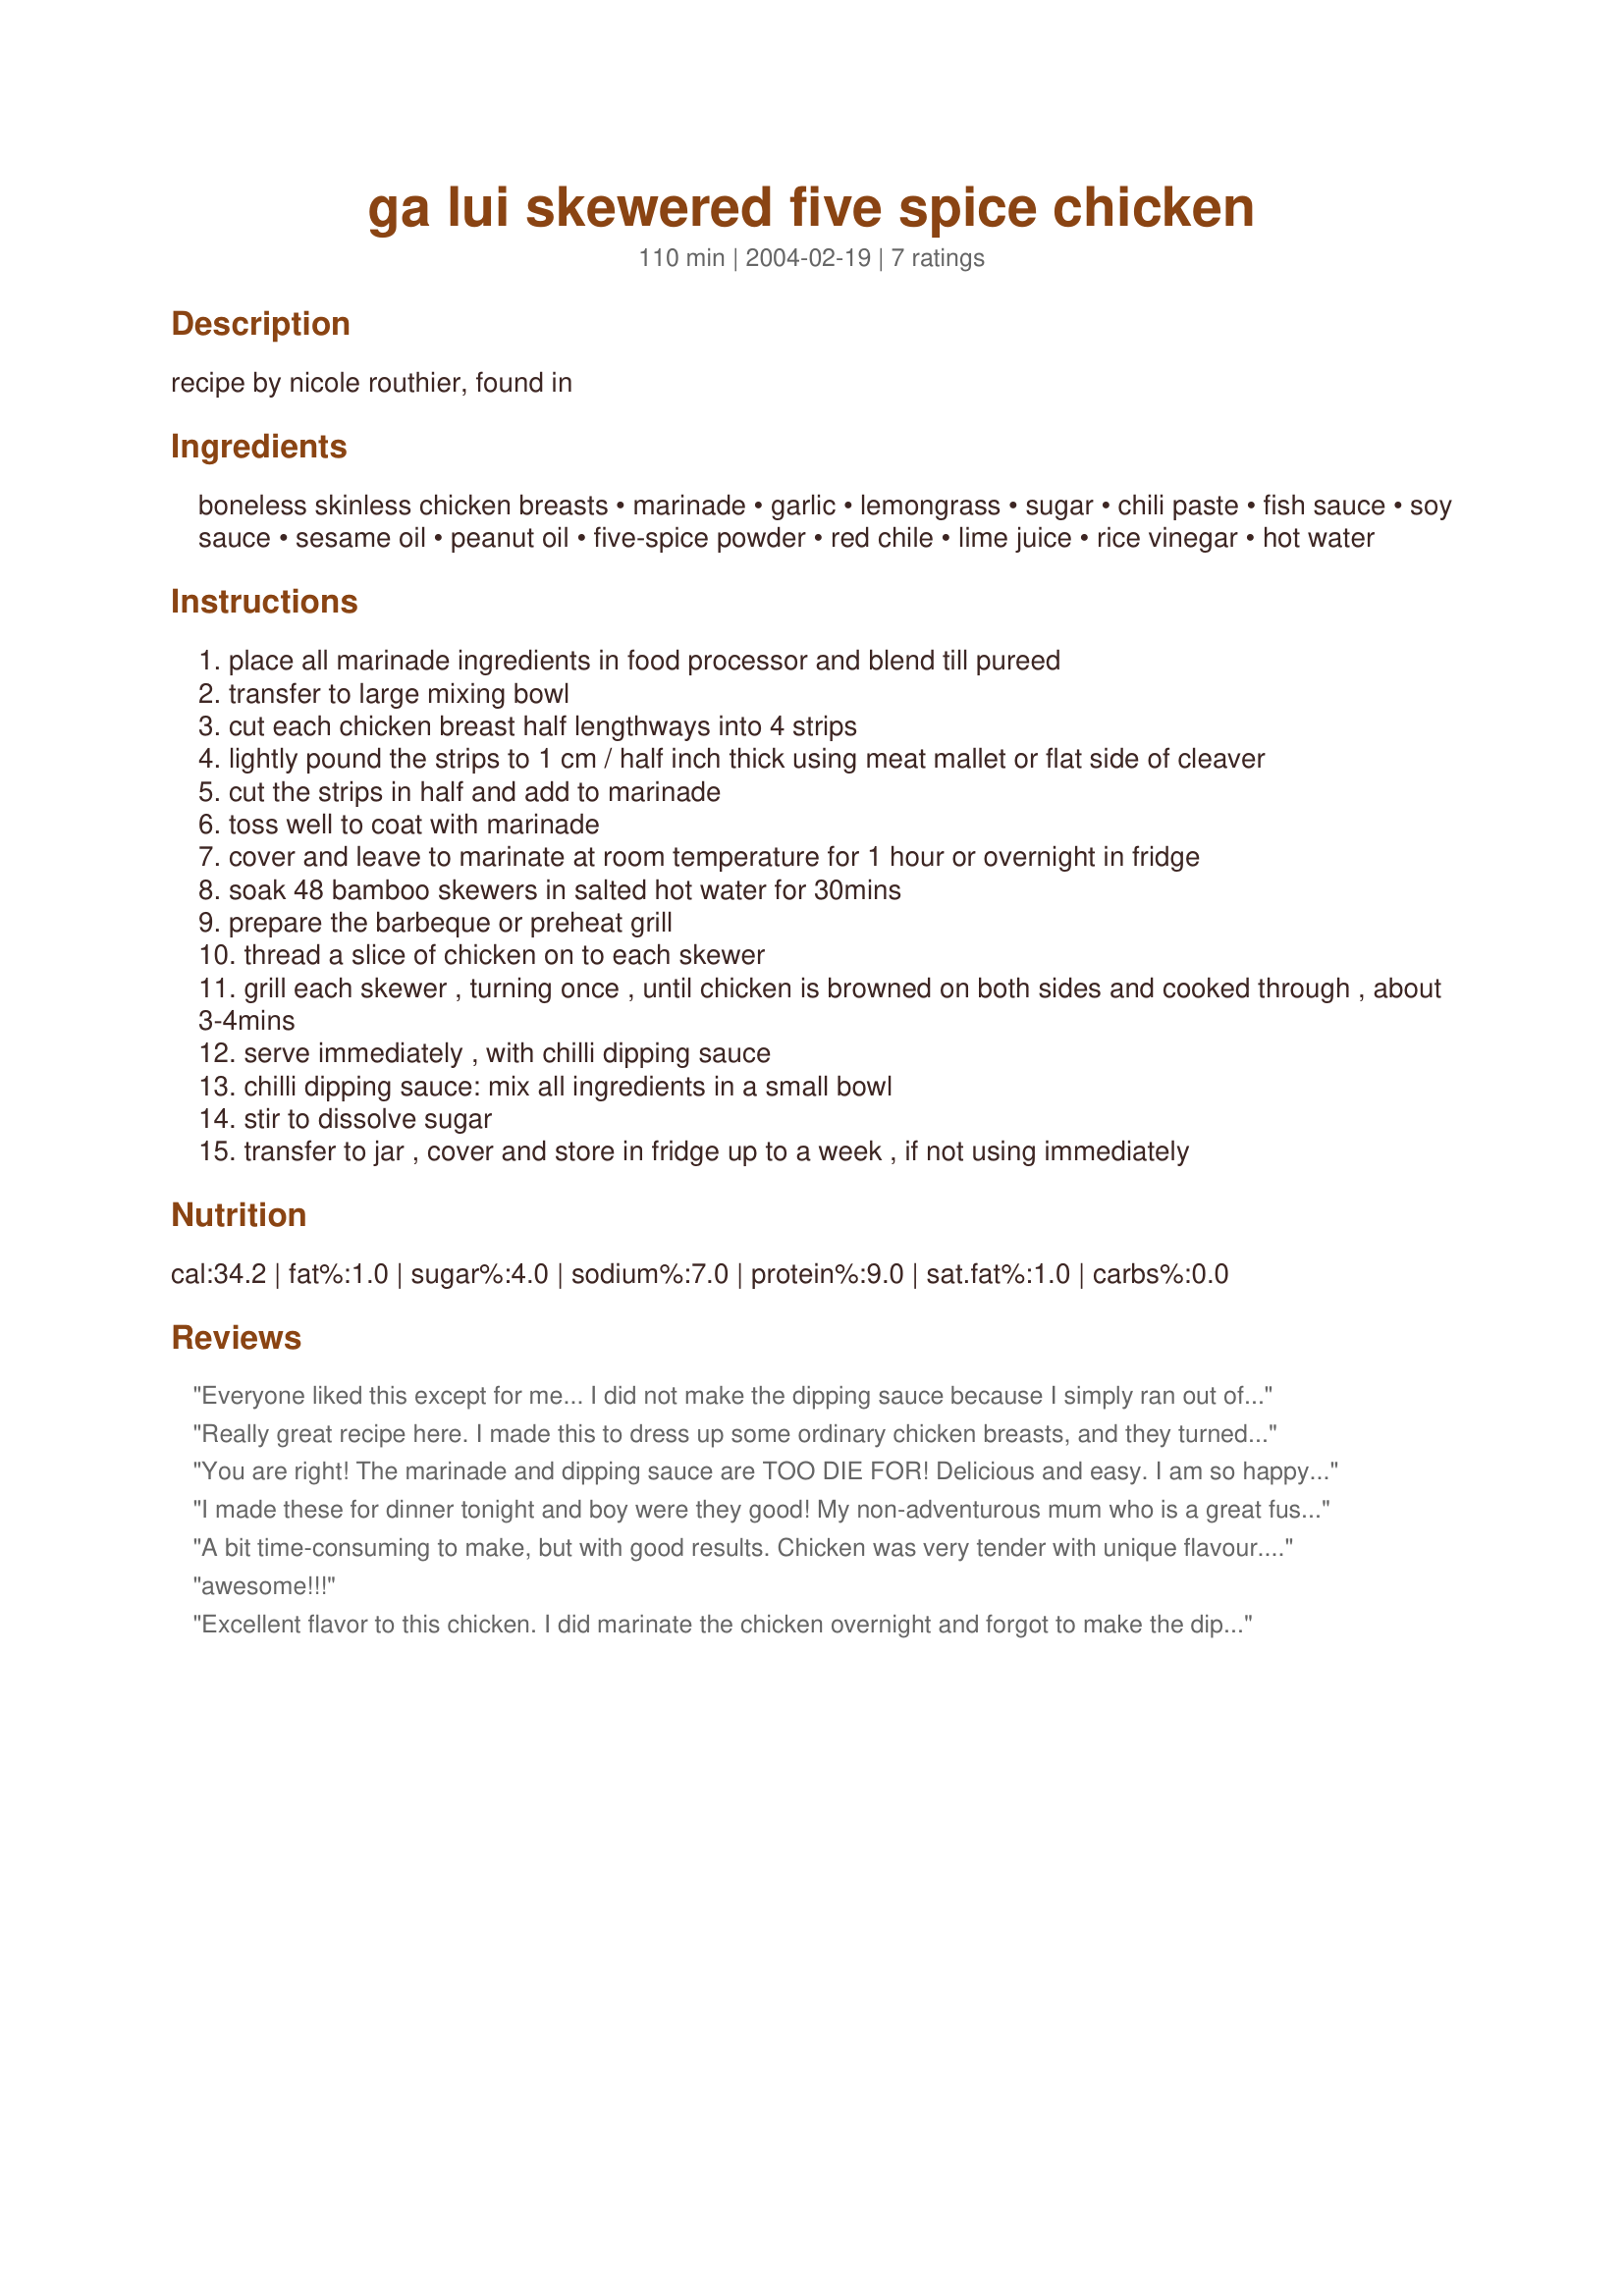
ga lui skewered five spice chicken
Preparation time: 110 minutes

recipe by nicole routhier, found in

Ingredients:
boneless skinless chicken breasts, marinade, garlic, lemongrass, sugar, chili paste, fish sauce, soy sauce, sesame oil, peanut oil, five-spice powder, red chile, lime juice, rice vinegar, hot water

Steps:
place all marinade ingredients in food processor and blend till pureed
transfer to large mixing bowl
cut each chicken breast half lengthways into 4 strips
lightly pound the strips to 1 cm / half inch thick using meat mallet or flat side of cleaver
cut the strips in half and add to marinade
toss well to coat with marinade
cover and leave to marinate at room temperature for 1 hour or overnight in fridge
soak 48 bamboo skewers in salted hot water for 30mins
prepare the barbeque or preheat grill
thread a slice of chicken on to each skewer
grill each skewer , turning once , until chicken is browned on both sides and cooked through , about 3-4mins
serve immediately , with chilli dipping sauce
chilli dipping sauce: mix all ingredients in a small bowl
stir to dissolve sugar
transfer to jar , cover and store in fridge up to a week , if not using immediately

Reviews:
Everyone liked this except for me... I did not make the dipping sauce because I simply ran out of time. Will make again with sauce and see if that doesn't do the trick for me. 9 other people thought it was great!
Really great recipe here. I made this to dress up some ordinary chicken breasts, and they turned out really tasty. I marinated about 8 hours, and the chicken was very tender, and very flavorful. And the dipping sauce was equally as good. I'll definately be making this one again.
You are right! The marinade and dipping sauce are TOO DIE FOR! Delicious and easy. I am so happy we have some of the sauce leftover because I will use it every time I cook rice. It reminds me a little bit of the dressing used for Thai beef salad, which is a good thing since that is one of my favorite dishes! The chicken was moist, tender and had incredible flavor. Thank you for sharing this winner, we loved it and will definitely make this again!
I made these for dinner tonight and boy were they good! My non-adventurous mum who is a great fussy eater, casually commented that it was good. After dinner she gave instructions to save the left over marinade for use in tomorrow's meat dish and keep the dipping sauce too. NOW THAT'S an endorsement worthy of 5 stars!
A bit time-consuming to make, but with good results. Chicken was very tender with unique flavour. I served with #12563, Szechuan Bok Choy.
awesome!!!
Excellent flavor to this chicken. I did marinate the chicken overnight and forgot to make the dipping sauce. We actually didn't miss it one bit. Served with rice and Cucumber Asian Salad #75231. Thank you WaterMelon for sharing the recipe. It is one I am sure to return to.
